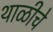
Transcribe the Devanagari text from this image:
थाळीचे